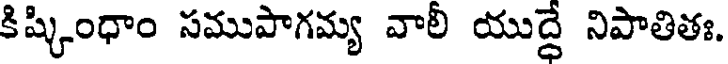
కిష్కింధాం సముపాగమ్య వాలీ యుద్దే నిపాతితః.